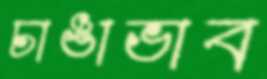
চাঙাভাব